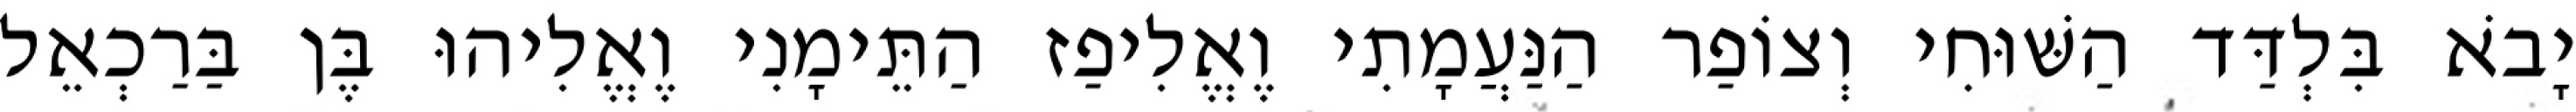
יָבֹא בִּלְדַּד הַשּׁוּחִי וְצוֹפַר הַנַּעֲמָתִי וֶאֱלִיפַז הַתֵּימָנִי וֶאֱלִיהוּ בֶּן בַּרַכְאֵל